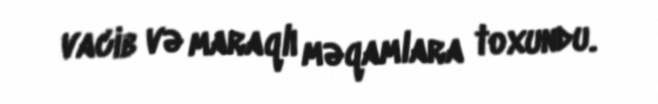
vacib və maraqlı məqamlara toxundu.